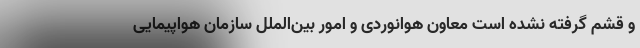
و قشم گرفته نشده است معاون هوانوردی و امور بین‌الملل سازمان هواپیمایی